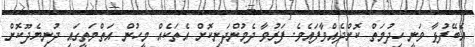
އެބޭފުޅާ ވަނީ ހިދުމަތް ކޮށްދެއްވާފައެވެ. ފަރުވާ ދެމުންދަނިކޮށް އެތަކެއް މީހުން އަތްމަތީގައި ދުނިޔެދޫކޮށް